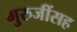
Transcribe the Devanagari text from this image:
गुरुजींसह